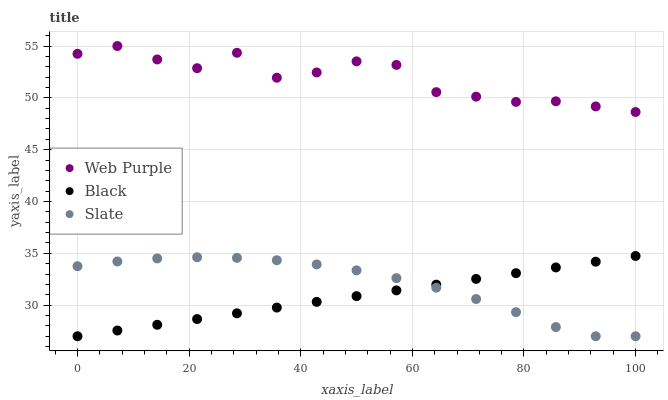
| xaxis_label | Web Purple | Black | Slate |
 | --- | --- | --- | --- |
 | 0 | 54.2 | 27 | 33.8 |
 | 7.14 | 55 | 27.6 | 34.2 |
 | 14.3 | 53.7 | 28.1 | 34.5 |
 | 21.4 | 52.9 | 28.7 | 34.6 |
 | 28.6 | 54.3 | 29.2 | 34.6 |
 | 35.7 | 51.9 | 29.8 | 34.3 |
 | 42.9 | 52.5 | 30.3 | 33.9 |
 | 50 | 53.5 | 30.9 | 33.4 |
 | 57.1 | 53.2 | 31.4 | 32.6 |
 | 64.3 | 50.6 | 32 | 31.7 |
 | 71.4 | 50.1 | 32.5 | 30.6 |
 | 78.6 | 49.6 | 33.1 | 29.3 |
 | 85.7 | 49.7 | 33.6 | 27.9 |
 | 92.9 | 49.2 | 34.2 | 27 |
 | 100 | 48.6 | 34.7 | 27 |